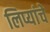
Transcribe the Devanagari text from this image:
लिप्यांचे